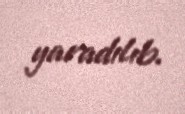
yaradılıb.